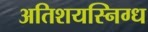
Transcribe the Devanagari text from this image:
अतिशयस्निग्ध